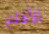
الأقلام